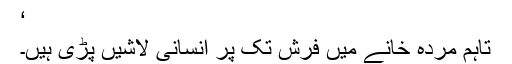
‘
تاہم مردہ خانے میں فرش تک پر انسانی لاشیں پڑی ہیں۔